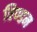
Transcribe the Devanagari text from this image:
विण्डम